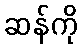
ဆန်ကို